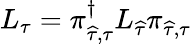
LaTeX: {L}_{{\tau}}=\pi_{\widehat{\tau},{\tau}}^{\dagger}{L}_{\widehat{\tau}}\pi_{\widehat{\tau},{\tau}}